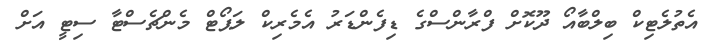
އެތުލެޓިކް ބިލްބާއޯ ދޫކޮށް ފްރާންސްގެ ޑިފެންޑަރު އެމެރިކް ލަޕޯޓް މެންޗެސްޓާ ސިޓީ އަށް